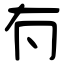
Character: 𠕇